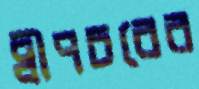
দ্বীপচরের